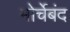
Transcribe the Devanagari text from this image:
मोर्चेबंद